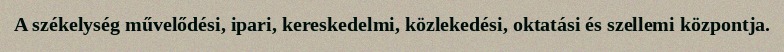
A székelység művelődési, ipari, kereskedelmi, közlekedési, oktatási és szellemi központja.